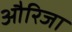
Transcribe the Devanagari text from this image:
औरिजा